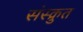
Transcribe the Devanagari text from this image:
संस्क्रुत